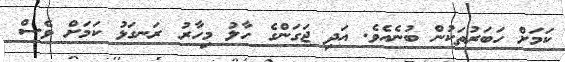
ކަމަށް ހަބަރުތަކުން ބުނެއެވެ. އަދި ޖަގަންގެ ހާލު މިހާރު ރަނގަޅު ކަމަށް ވެސް